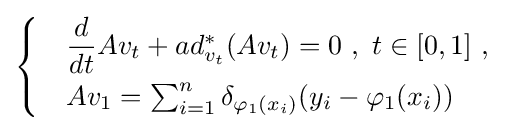
{\begin{cases}&{\dfrac {d}{dt}}Av_{t}+ad_{v_{t}}^{*}(Av_{t})=0\ ,\ t\in [0,1]\ ,\\[4pt]&Av_{1}=\sum _{i=1}^{n}\delta _{\varphi _{1}(x_{i})}(y_{i}-\varphi _{1}(x_{i}))\end{cases}}